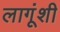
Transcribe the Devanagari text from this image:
लागूंशी